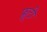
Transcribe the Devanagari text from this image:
फ़्रूटी